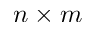
n \times m